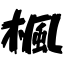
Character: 楓